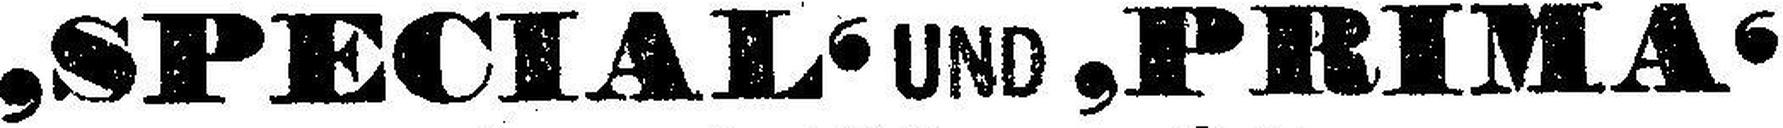
‚SPECIAL‘ UND ‚PRIMA‘